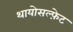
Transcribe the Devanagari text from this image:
थायोसल्फ़ेट